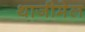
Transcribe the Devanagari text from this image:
थाजीमेल